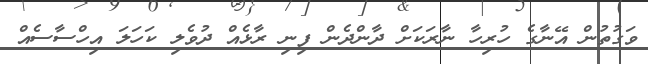
ވަގުތުން އޭނާގެ ހުރިހާ ނާރަކަށް ދާންދެން ފިނި ރާޅެއް ދުވެލި ކަހަލަ އިހްސާސެއް